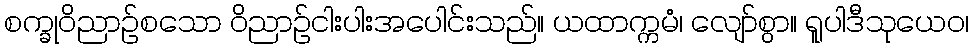
စက္ခုဝိညာဉ်စသော ဝိညာဉ်ငါးပါးအပေါင်းသည်။ ယထာက္ကမံ၊ လျော်စွာ။ ရူပါဒီသုယေဝ၊